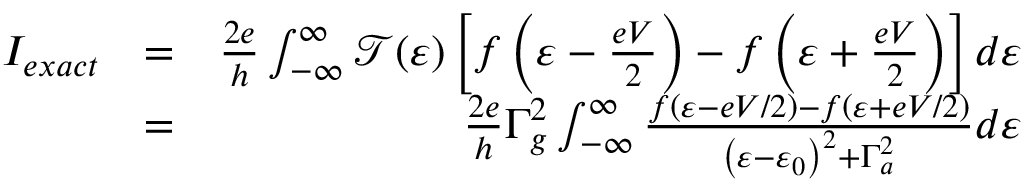
\begin{array} { r l r } { I _ { e x a c t } } & { = } & { \frac { 2 e } { h } \int _ { - \infty } ^ { \infty } \mathcal { T } ( \varepsilon ) \left[ f \left( \varepsilon - \frac { e V } { 2 } \right) - f \left( \varepsilon + \frac { e V } { 2 } \right) \right] d \varepsilon } \\ & { = } & { \frac { 2 e } { h } \Gamma _ { g } ^ { 2 } \int _ { - \infty } ^ { \infty } \frac { f \left( \varepsilon - e V / 2 \right) - f \left( \varepsilon + e V / 2 \right) } { \left( \varepsilon - \varepsilon _ { 0 } \right) ^ { 2 } + \Gamma _ { a } ^ { 2 } } d \varepsilon } \end{array}